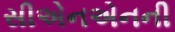
સીએનએનની